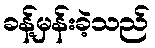
ခန့်မှန်းခဲ့သည်